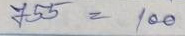
755 = 100